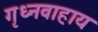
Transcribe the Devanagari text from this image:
गृध्नवाहाय